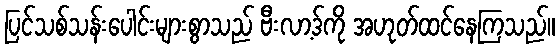
ပြင်သစ်သန်းပေါင်းများစွာသည် ဗီးလာ့ဒ်ကို အဟုတ်ထင်နေကြသည်။